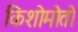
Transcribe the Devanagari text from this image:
किशोमोतो